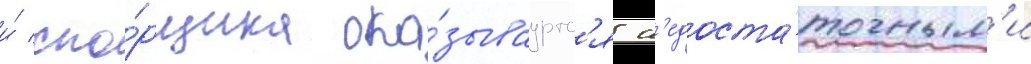
и́ спо́рщика ока́зываутс'я н'едоста́точным'и